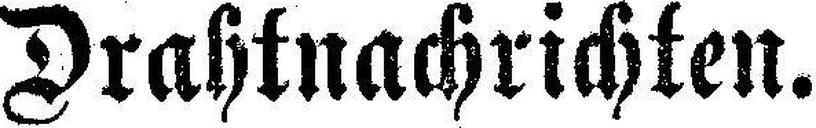
Drahtnachrichten.